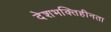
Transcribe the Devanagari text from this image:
देशभक्तिहीनता